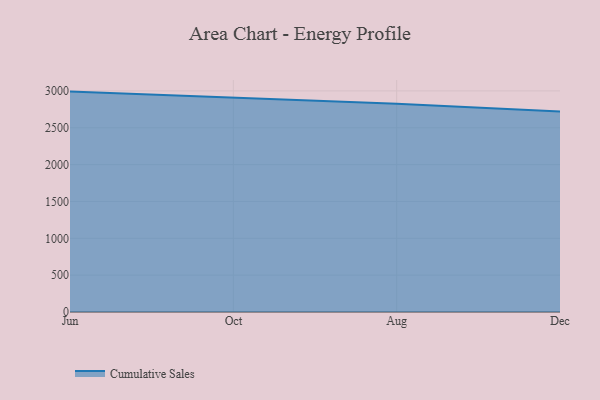
{"axis": {"x": "Month", "y": "Inventory Turnover"}, "legend": ["Cumulative Sales"], "data": [{"x": "Jun", "y": 2990.5, "type": "Cumulative Sales"}, {"x": "Oct", "y": 2905.4, "type": "Cumulative Sales"}, {"x": "Aug", "y": 2825.2, "type": "Cumulative Sales"}, {"x": "Dec", "y": 2721.3, "type": "Cumulative Sales"}]}